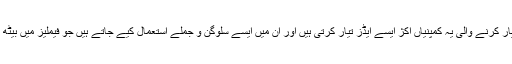
کھانے پینے اور روزمردہ کے استعمال کی اشیا تیار کرنے والی یہ کمپنیاں اکژ ایسے ایڈز تیار کرتی ہیں اور ان میں ایسے سلوگن و جملے استعمال کیے جاتے ہیں جو فیملیز میں بیٹھ کر دیکھے جاسکتے ہیں نہ ہی سنے جاسکتے ہیں۔